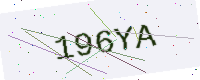
Text: 196YA